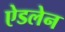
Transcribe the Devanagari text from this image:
ऐडलेन